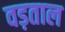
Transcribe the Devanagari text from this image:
वड़ताल